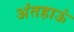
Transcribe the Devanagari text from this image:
अंतहाऊं